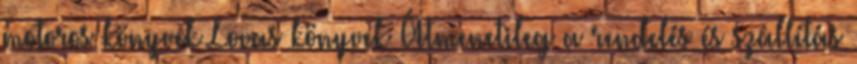
motoros könyvek Lovas könyvek Átmenetileg a rendelés és szállítás